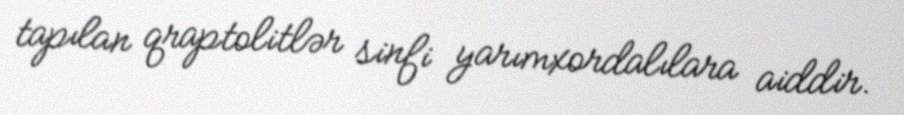
tapılan qraptolitlər sinfi yarımxordalılara aiddir.